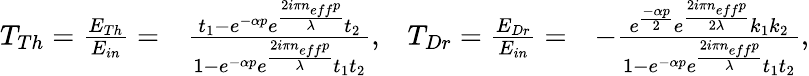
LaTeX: \begin{array}{rlrl}{T_{Th}=\frac{E_{Th}}{E_{in}}=}&{\frac{t_{1}-e^{-\alpha p}e^{\frac{2i\pi n_{eff}p}{\lambda}}t_{2}}{1-e^{-\alpha p}e^{\frac{2i\pi n_{eff}p}{\lambda}}t_{1}t_{2}},}&{T_{Dr}=\frac{E_{Dr}}{E_{in}}=}&{-\frac{e^{\frac{-\alpha p}{2}}e^{\frac{2i\pi n_{eff}p}{2\lambda}}k_{1}k_{2}}{1-e^{-\alpha p}e^{\frac{2i\pi n_{eff}p}{\lambda}}t_{1}t_{2}},}\end{array}